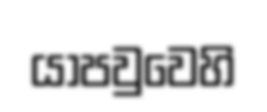
යාපවුවෙහි